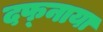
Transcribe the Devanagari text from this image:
दफ्नाया